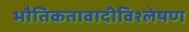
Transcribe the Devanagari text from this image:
भौतिकतावादीविश्लेषण